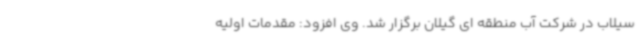
سیلاب در شرکت آب منطقه ای گیلان برگزار شد. وی افزود: مقدمات اولیه